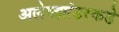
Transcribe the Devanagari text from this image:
अलेक्झांडरकडे